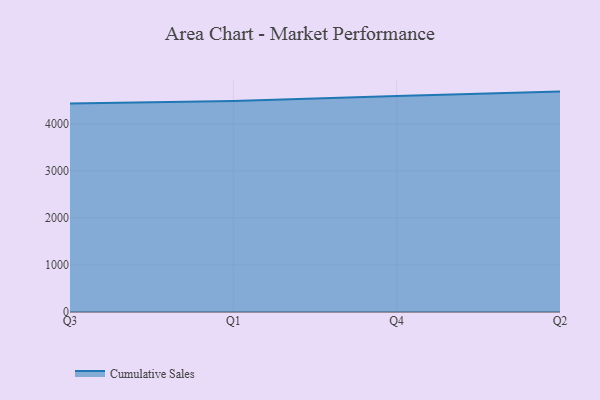
{"axis": {"x": "Quarter", "y": "Customer Acquisition Cost (USD)"}, "legend": ["Cumulative Sales"], "data": [{"x": "Q3", "y": 4432.4, "type": "Cumulative Sales"}, {"x": "Q1", "y": 4482.0, "type": "Cumulative Sales"}, {"x": "Q4", "y": 4592.4, "type": "Cumulative Sales"}, {"x": "Q2", "y": 4684.3, "type": "Cumulative Sales"}]}